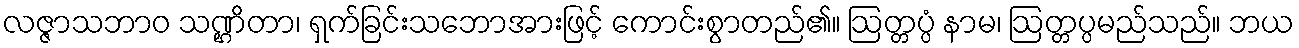
လဇ္ဇာသဘာဝ သဏ္ဌိတာ၊ ရှက်ခြင်းသဘောအားဖြင့် ကောင်းစွာတည်၏။ ဩတ္တပ္ပံ နာမ၊ ဩတ္တပ္ပမည်သည်။ ဘယ